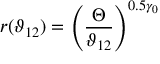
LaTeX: r ( \vartheta _ { 1 2 } ) = \left( \frac { \Theta } { \vartheta _ { 1 2 } } \right) ^ { 0 . 5 \gamma _ { 0 } }